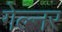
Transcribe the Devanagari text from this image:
गेल्नर